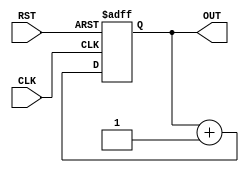
`timescale 1ns / 1ps
//////////////////////////////////////////////////////////////////////////////////
// Company: 
// Engineer: 
// 
// Design Name: 
// Module Name: COUNTER
// Project Name: 
// Target Devices: 
// Tool Versions: 
// Description: 
// 
// Dependencies: 
// 
// Revision:
// Revision 0.01 - File Created
// Additional Comments:
// 
//////////////////////////////////////////////////////////////////////////////////


module COUNTER(CLK,RST,OUT);
input CLK,RST;
output reg [3:0]OUT;
always@(posedge CLK or negedge RST)
begin
if (RST==0)
OUT=4'b0000;
else
OUT<=OUT+4'b0001;
end
endmodule